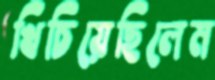
খিচিয়েছিলেম